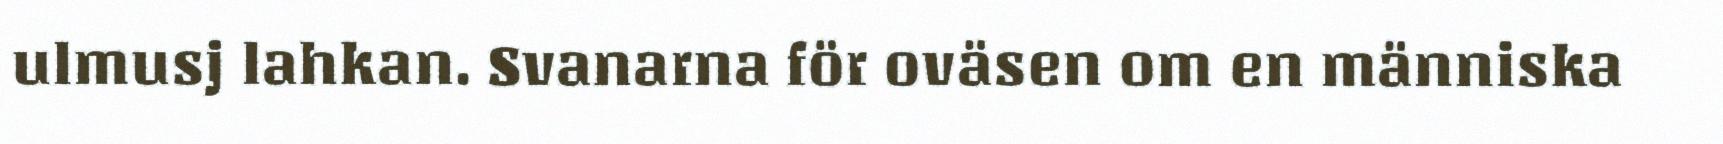
ulmusj lahkan. Svanarna för oväsen om en människa